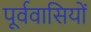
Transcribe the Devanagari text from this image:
पूर्ववासियों